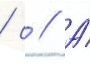
/ с // А́